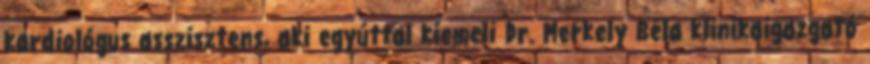
kardiológus asszisztens, aki egyúttal kiemeli Dr. Merkely Béla klinikaigazgató